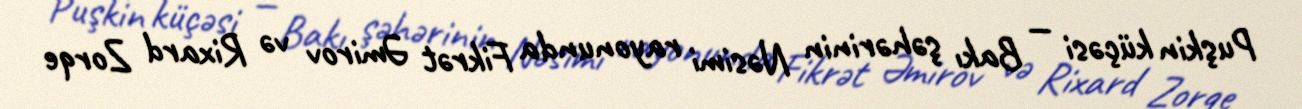
Puşkin küçəsi — Bakı şəhərinin Nəsimi rayonunda Fikrət Əmirov və Rixard Zorqe